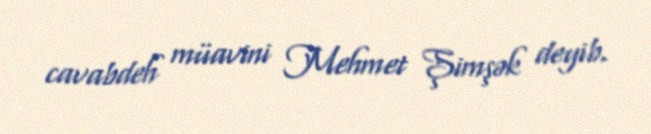
cavabdeh müavini Mehmet Şimşək deyib.